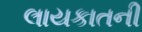
લાયકાતની